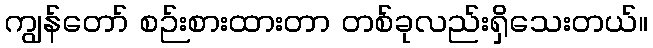
ကျွန်တော် စဉ်းစားထားတာ တစ်ခုလည်းရှိသေးတယ်။